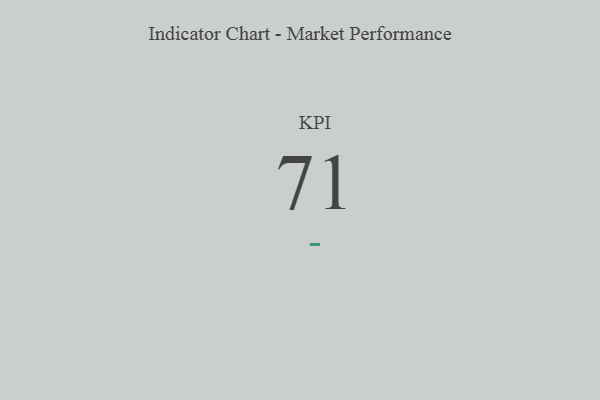
{"axis": {"x": "KPI", "y": "Value"}, "legend": [""], "data": [{"x": "KPI", "y": 71, "type": ""}]}